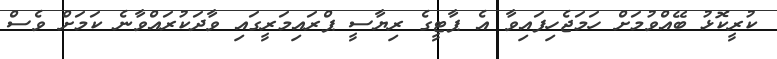
ކުރީކޮޅު ބޭއްވުމަށް ހަމަޖެހިފައިވާ އެ ޕާޓީގެ ރިޔާސީ ޕްރައިމަރީގައި ވާދަކުރައްވާނެ ކަމަށް ވެސް